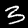
Digit: 3